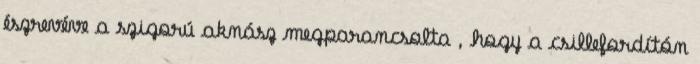
észrevéve a szigorú aknász megparancsolta , hogy a csillefordítón